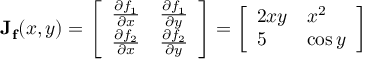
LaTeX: \mathbf { J } _ { \mathbf { f } } ( x , y ) = { \left[ \begin{array} { l l } { { \frac { \partial f _ { 1 } } { \partial x } } } & { { \frac { \partial f _ { 1 } } { \partial y } } } \\ { { \frac { \partial f _ { 2 } } { \partial x } } } & { { \frac { \partial f _ { 2 } } { \partial y } } } \end{array} \right] } = { \left[ \begin{array} { l l } { 2 x y } & { x ^ { 2 } } \\ { 5 } & { \cos y } \end{array} \right] }